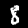
Label: 8